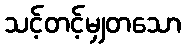
သင့်တင့်မျှတသော